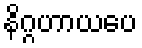
နိဂ္ဂဟာယပေ